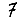
Digit: 7